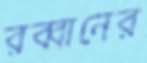
রব্বানের